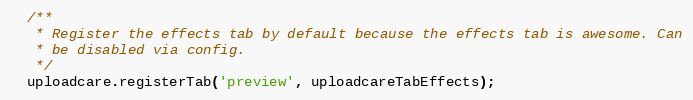
Language: JavaScript
  /**
   * Register the effects tab by default because the effects tab is awesome. Can
   * be disabled via config.
   */
  uploadcare.registerTab('preview', uploadcareTabEffects);